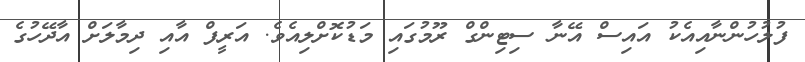
ފުލުހުންނާއިއެކު އައިސް އޭނާ ސިޓިންގް ރޫމުގައި މަޑުކޮށްލިއެވެ. އަރީފް އާއި ދިމާލަށް އާދޭހުގެ